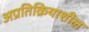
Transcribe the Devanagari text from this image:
अप्रतिक्रियाशील